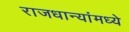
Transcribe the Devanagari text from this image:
राजधान्यांमध्ये